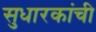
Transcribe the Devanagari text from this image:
सुधारकांची